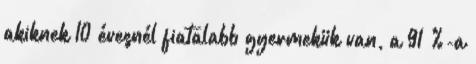
akiknek 10 évesnél fiatalabb gyermekük van, a 91 %-a